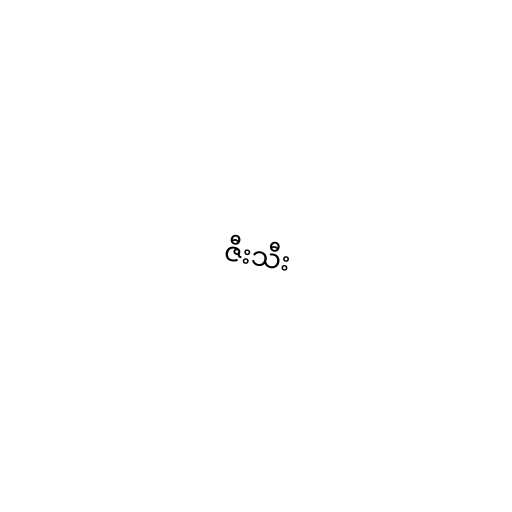
ဇီးသီး